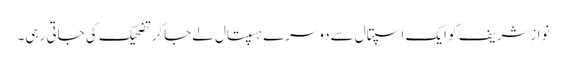
نوازشریف کو ایک اسپتال سےدوسرے ہسپتال لےجاکرتضحیک کی جاتی رہی۔